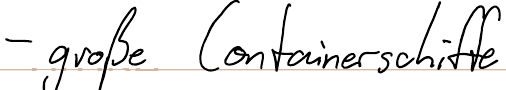
- große Containerschiffe